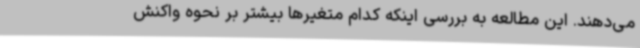
می‌دهند. این مطالعه به بررسی اینکه کدام متغیرها بیشتر بر نحوه واکنش